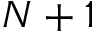
N + 1